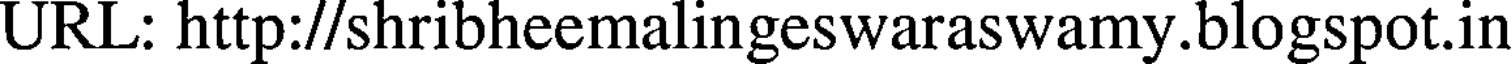
URL: http://shribheemalingeswaraswamy.blogspot.in